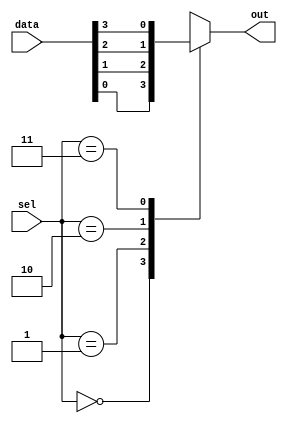
`timescale 1ns / 1ps
//////////////////////////////////////////////////////////////////////////////////
// Company: 
// Engineer: 
// 
// Design Name: 
// Module Name: mux_4to1
// Project Name: 
// Target Devices: 
// Tool Versions: 
// Description: 
// 
// Dependencies: 
// 
// Revision:
// Revision 0.01 - File Created
// Additional Comments:
// 
//////////////////////////////////////////////////////////////////////////////////


module mux_4to1 (
    input [3:0] data,
    input [1:0] sel,
    output reg out
);
    always @(*) begin
        case (sel)
            2'b00: out = data[0];
            2'b01: out = data[1];
            2'b10: out = data[2];
            2'b11: out = data[3];
            default: out = 1'b0;  // Default to avoid latches
        endcase
    end
endmodule